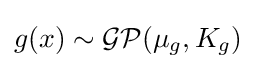
g(x)\sim {\mathcal {GP}}(\mu _{g},K_{g})